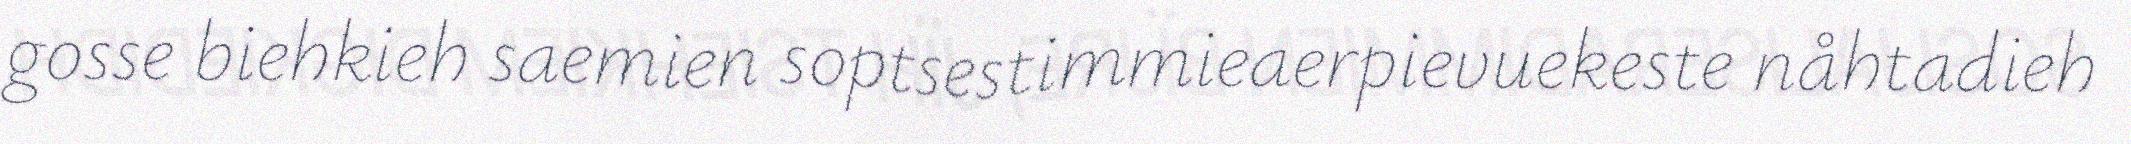
gosse biehkieh saemien soptsestimmieaerpievuekeste nåhtadieh